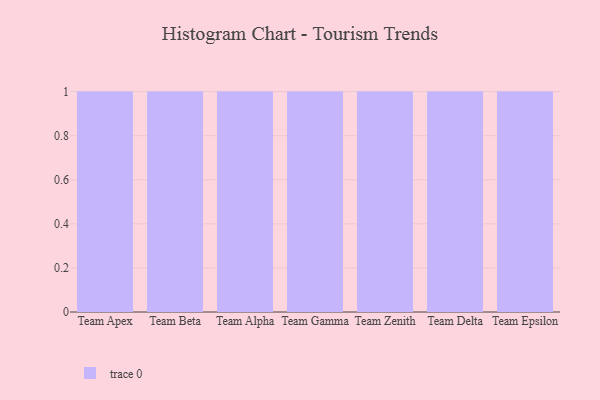
{"axis": {"x": "Team", "y": "Net Income (USD K)"}, "legend": [""], "data": [{"x": "Team Apex", "y": 98, "type": ""}, {"x": "Team Beta", "y": 44, "type": ""}, {"x": "Team Alpha", "y": 22, "type": ""}, {"x": "Team Gamma", "y": 93, "type": ""}, {"x": "Team Zenith", "y": 100, "type": ""}, {"x": "Team Delta", "y": 52, "type": ""}, {"x": "Team Epsilon", "y": 50, "type": ""}]}